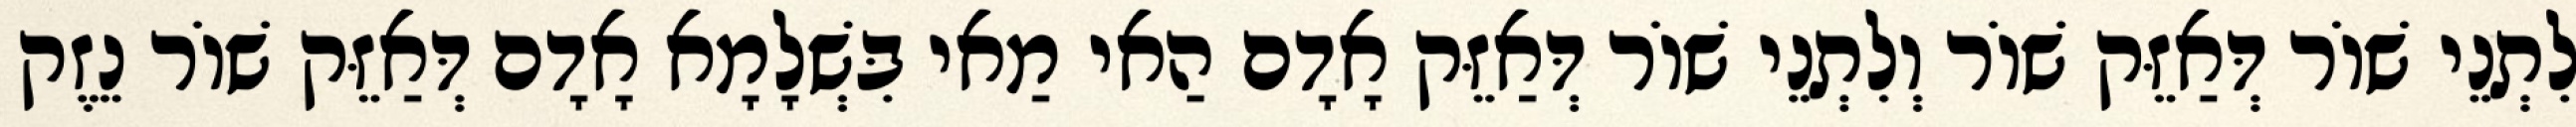
לִתְנֵי שׁוֹר דְּאַזֵּק שׁוֹר וְלִתְנֵי שׁוֹר דְּאַזֵּק אָדָם הַאי מַאי בִּשְׁלָמָא אָדָם דְּאַזֵּק שׁוֹר נֵזֶק